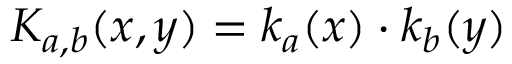
K _ { a , b } ( x , y ) = k _ { a } ( x ) \cdot k _ { b } ( y )